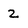
Character: 2